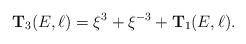
LaTeX: \begin{align*}{\mathbf T}_3(E,\ell)=\xi^3 +\xi^{-3} + {\mathbf T}_1(E,\ell).\end{align*}